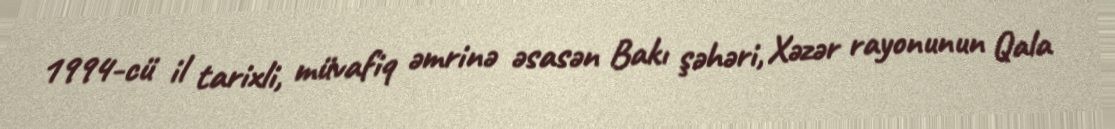
1994-cü il tarixli, müvafiq əmrinə əsasən Bakı şəhəri, Xəzər rayonunun Qala